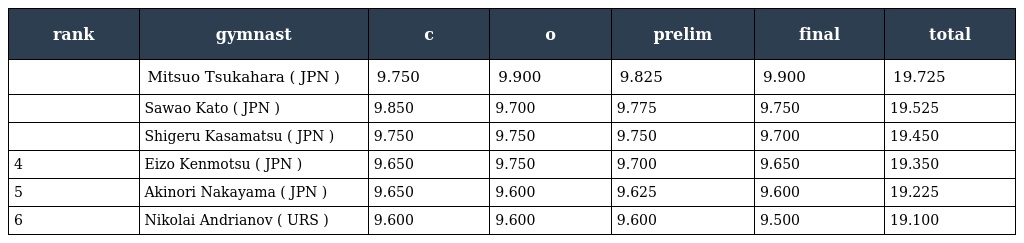
| rank | gymnast | c | o | prelim | final | total |
 | --- | --- | --- | --- | --- | --- | --- |
 |  | Mitsuo Tsukahara ( JPN ) | 9.750 | 9.900 | 9.825 | 9.900 | 19.725 |
 |  | Sawao Kato ( JPN ) | 9.850 | 9.700 | 9.775 | 9.750 | 19.525 |
 |  | Shigeru Kasamatsu ( JPN ) | 9.750 | 9.750 | 9.750 | 9.700 | 19.450 |
 | 4 | Eizo Kenmotsu ( JPN ) | 9.650 | 9.750 | 9.700 | 9.650 | 19.350 |
 | 5 | Akinori Nakayama ( JPN ) | 9.650 | 9.600 | 9.625 | 9.600 | 19.225 |
 | 6 | Nikolai Andrianov ( URS ) | 9.600 | 9.600 | 9.600 | 9.500 | 19.100 |